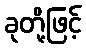
ခုတို့ဖြင့်